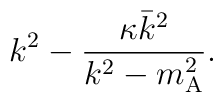
k ^{2} - \frac{\kappa \bar{k} ^{2}}{k ^{2} - m _{\mathrm{A}} ^{2}}    .